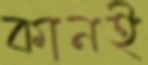
কানই